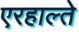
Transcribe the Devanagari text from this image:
एरहाल्ते